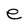
Character: e